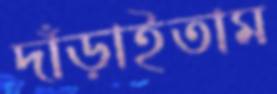
দাঁড়াইতাম